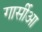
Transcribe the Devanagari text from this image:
गार्सीआ